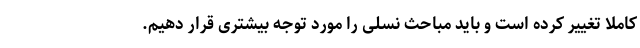
کاملا تغییر کرده است و باید مباحث نسلی را مورد توجه بیشتری قرار دهیم.